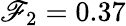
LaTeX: \mathscr{F}_{2}=0.37